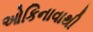
ઓકિનાવાથી